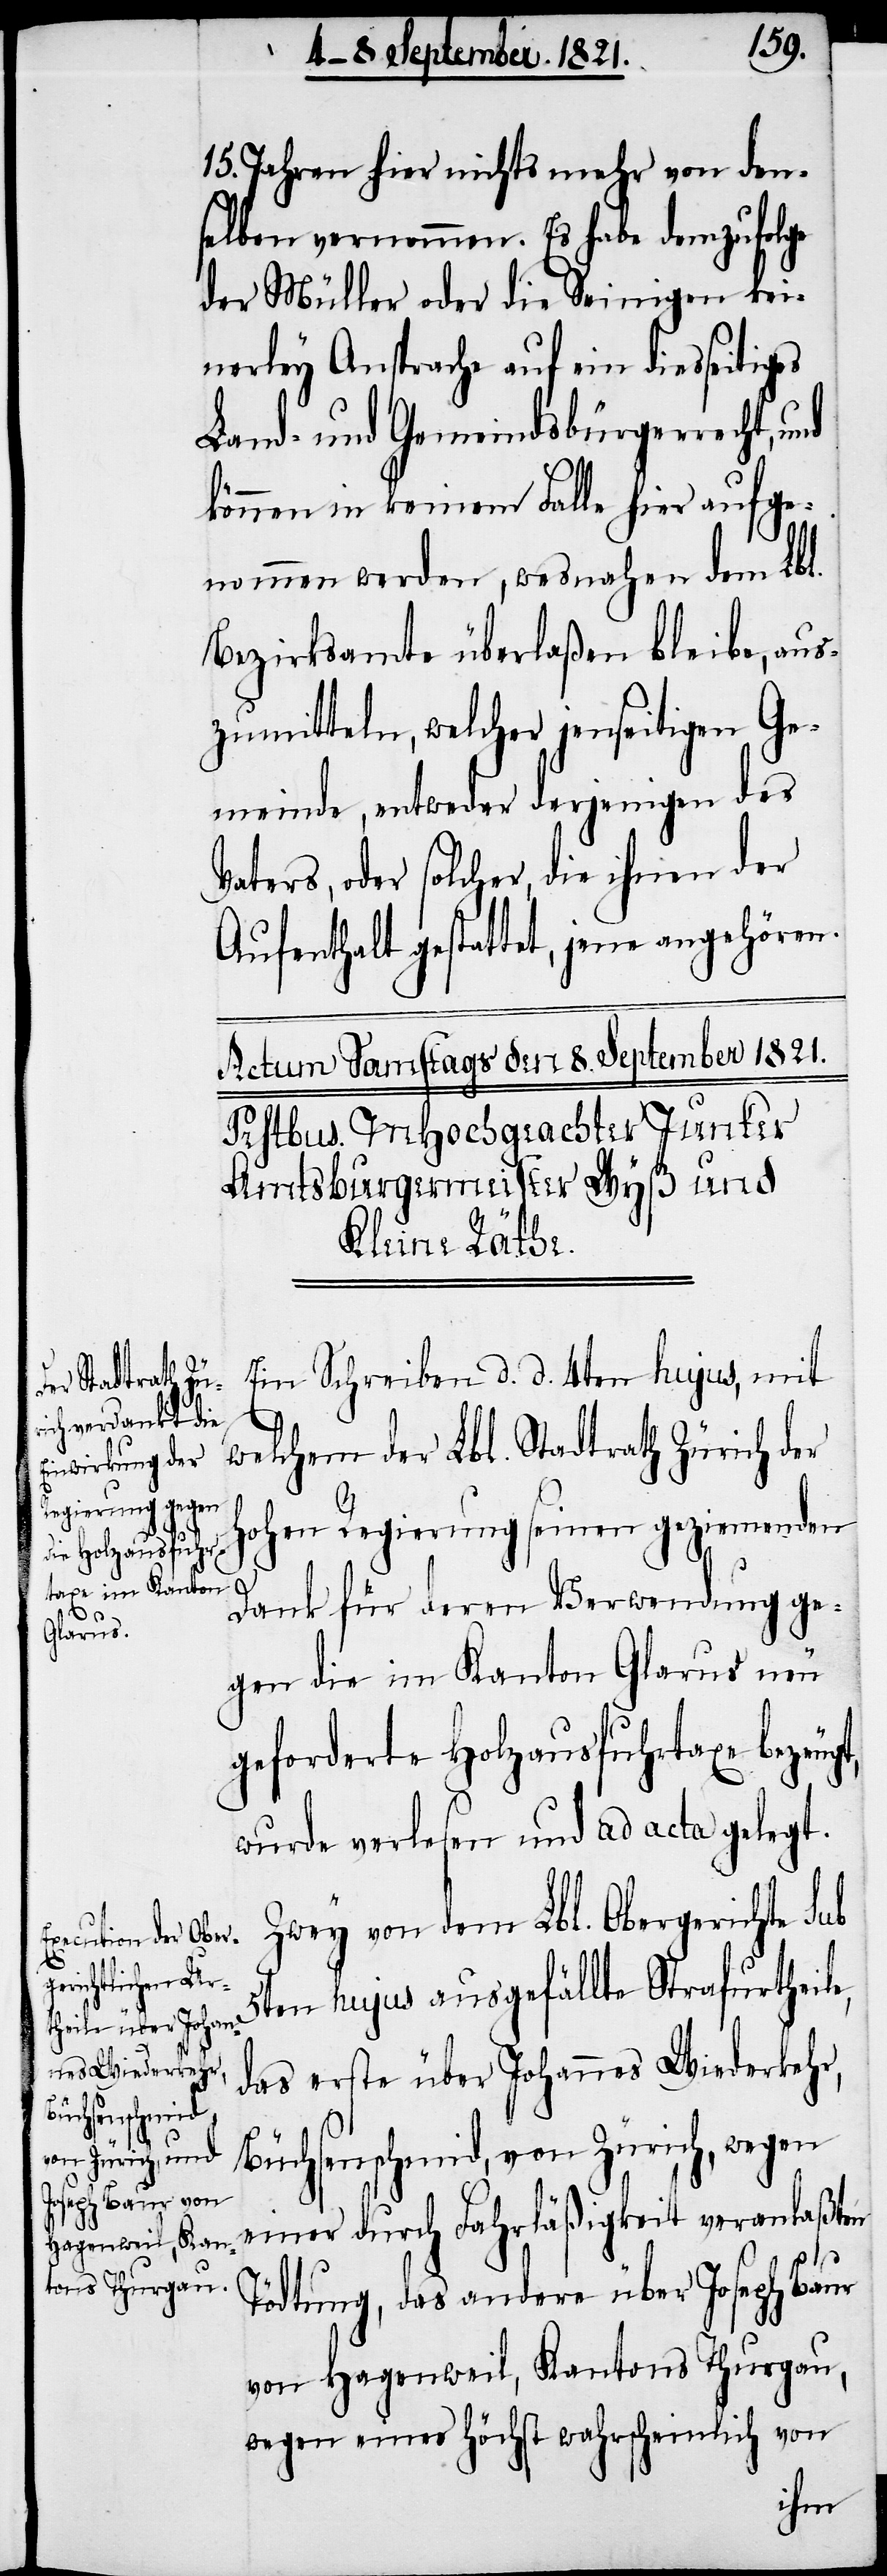
15. Jahren hier nichts mehr von den¬
selben vernommen. Es habe demzufolge
der Müller oder die Seinigen kei¬
nerley Ansprache auf ein diesseitiges
Land- und Gemeindsbürgerrecht, und
können in keinem Falle hier aufge¬
nommen werden, wesnahen dem Lbl.
Bezirksamte überlaßen bleibe, aus¬
zumitteln, welcher jenseitigen Ge¬
meinde, entweder derjenigen des
Vaters, oder solcher, die ihnen der
Aufenthalt gestattet, jene angehören.
Ein Schreiben d. d. 4ten hujus, mit
welchem der Lbl. Stadtrath Zürich der
hohen Regierung seinen geziemenden
Dank für deren Verwendung ge¬
gen die im Kanton Glarus neu
geforderte Holzausfuhrtaxe bezeugt,
wurde verlesen und ad acta gelegt.
Zwey von dem Lbl. Obergericht sub
5ten hujus ausgefällte Strafurtheile,
das erste über Johannes Wiederkehr,
Büchsenschmid, von Zürich, wegen
einer durch Fahrläßigkeit veranlaßten
Tödtung, das andere über Joseph Baur
von Hagenweil, Kantons Thurgau,
wegen eines höchst wahrscheinlich von